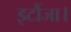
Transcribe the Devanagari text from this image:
इटौंजा।